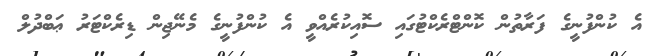
އެ ކުންފުނީގެ ފަރާތުން ކޮންޓްރެކްޓުގައި ސޮއިކުރެއްވީ އެ ކުންފުނީގެ މެނޭޖިން ޑިރެކްޓަރު ޢަބްދުލް